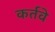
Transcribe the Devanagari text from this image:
कर्तवे